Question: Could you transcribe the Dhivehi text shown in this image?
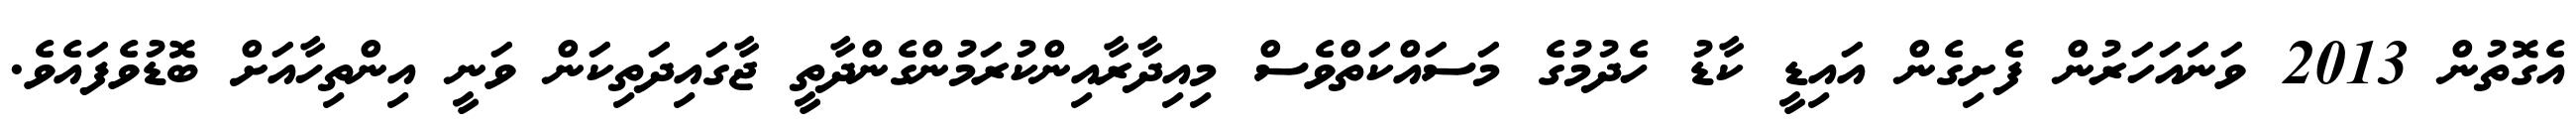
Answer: އެގޮތުން 2013 ވަނައަހަރުން ފެށިގެން އައިޑީ ކާޑު ހެދުމުގެ މަސައްކަތްވެސް މިއިދާރާއިންކުރަމުންގެންދާތީ ޖާގައިދަތިކަން ވަނީ އިންތިހާއަށް ބޮޑުވެފައެވެ.